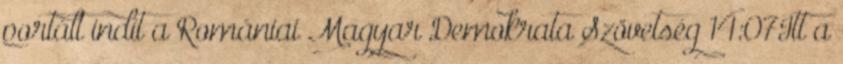
portált indít a Romániai Magyar Demokrata Szövetség 14:07Itt a